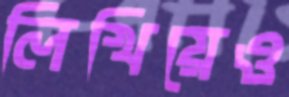
লিখিয়েও